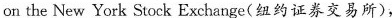
on the New York Stock Exchange(纽约证券交易所),